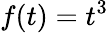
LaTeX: f(t)=t^{3}